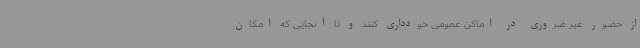
از حضور غیر ضروری در اماکن عمومی خودداری کنند و تا آنجایی که امکان